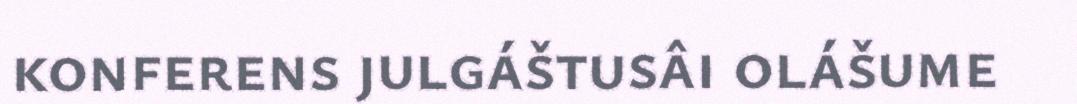
konferens julgáštusâi olášume